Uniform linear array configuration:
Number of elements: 24
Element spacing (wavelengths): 0.75
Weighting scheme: cosine
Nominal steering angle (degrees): -30
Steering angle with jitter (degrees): -31.958
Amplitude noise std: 0.05
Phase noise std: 0.05

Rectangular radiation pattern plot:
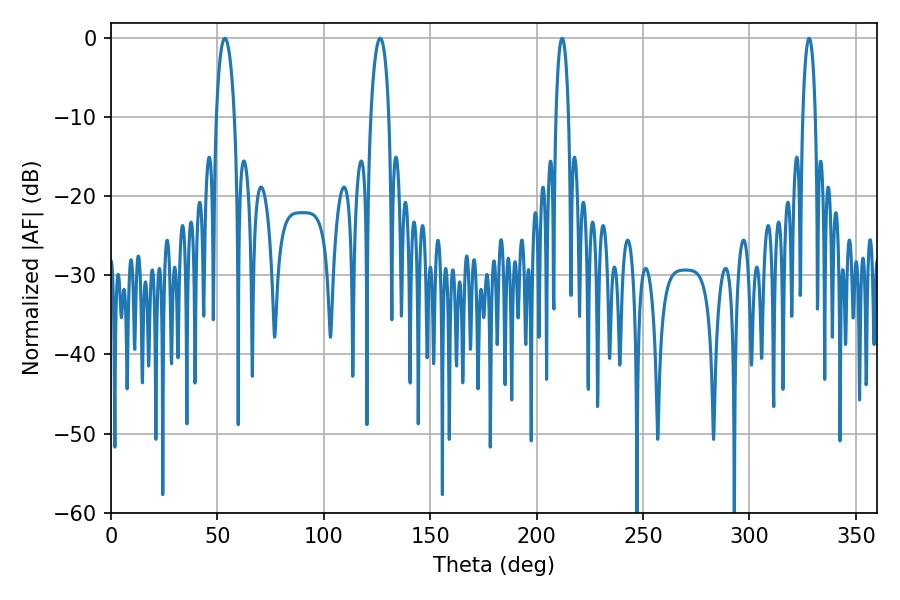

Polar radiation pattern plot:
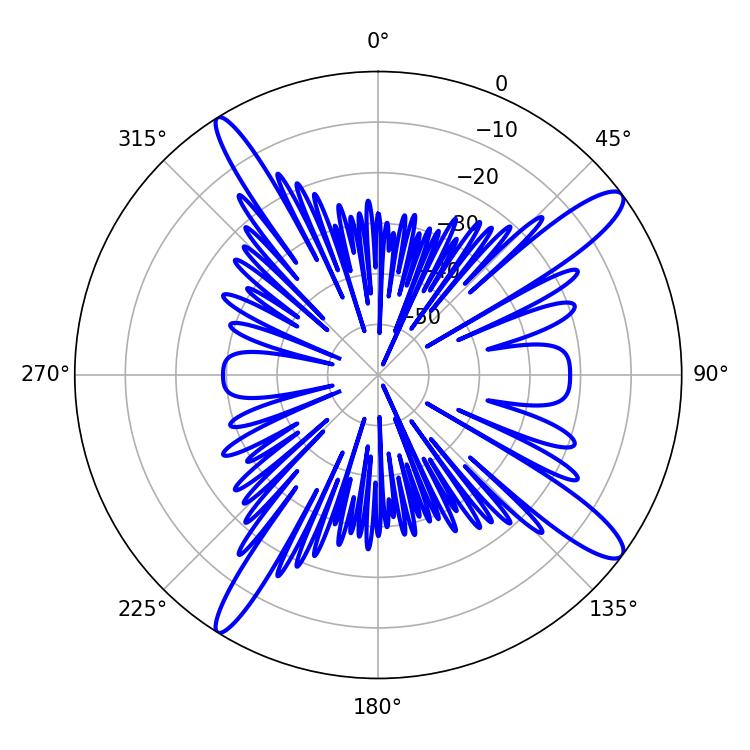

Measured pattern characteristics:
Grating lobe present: TRUE
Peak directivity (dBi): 13.819
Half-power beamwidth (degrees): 4.86
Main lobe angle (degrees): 53.46